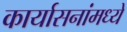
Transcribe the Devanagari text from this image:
कार्यासनांमध्ये